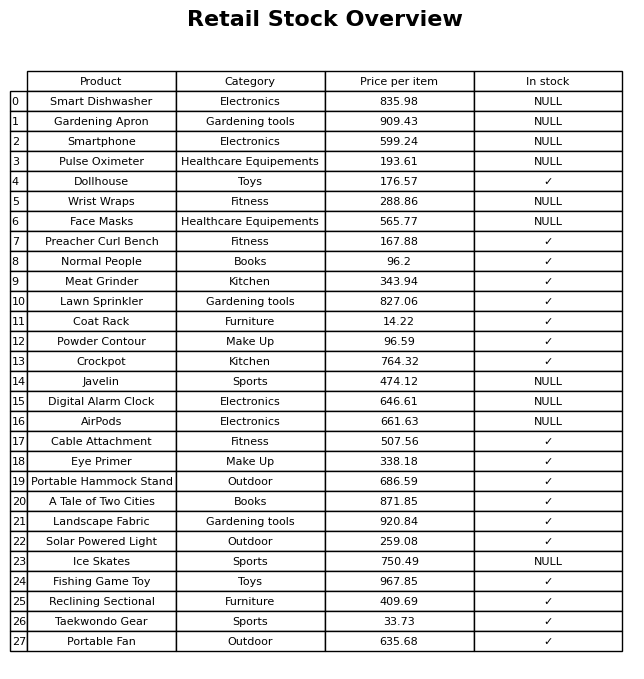
question: What is the price for Dollhouse?
answer: The price of Dollhouse is 176.57.